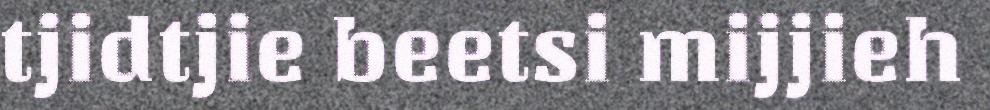
tjidtjie beetsi mijjieh